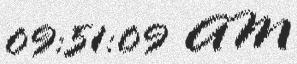
09:51:09 AM